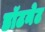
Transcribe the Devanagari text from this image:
डॉटनेट